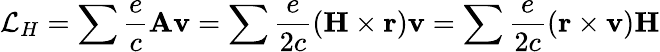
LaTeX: \mathcal{L}_{H}=\sum\frac{e}{c}\textbf{Av}=\sum\frac{e}{2c}(\textbf{H}\times\textbf{r})\textbf{v}=\sum\frac{e}{2c}(\textbf{r}\times\textbf{v})\textbf{H}